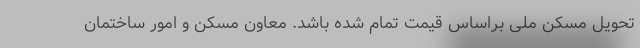
تحویل مسکن ملی براساس قیمت تمام شده باشد. معاون مسکن و امور ساختمان